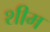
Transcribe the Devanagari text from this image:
शीम